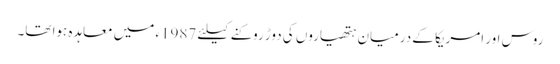
روس اور امریکا کے درمیان ہتھیاروں کی دوڑ روکنے کیلئے 1987ء میں معاہدہ ہوا تھا۔